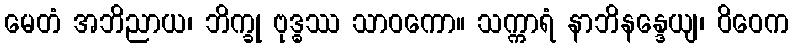
မေတံ အဘိညာယ၊ ဘိက္ခု ဗုဒ္ဓဿ သာဝကော။ သက္ကာရံ နာဘိနန္ဒေယျ၊ ဝိဝေက